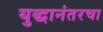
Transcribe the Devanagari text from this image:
युद्धानंतरचा